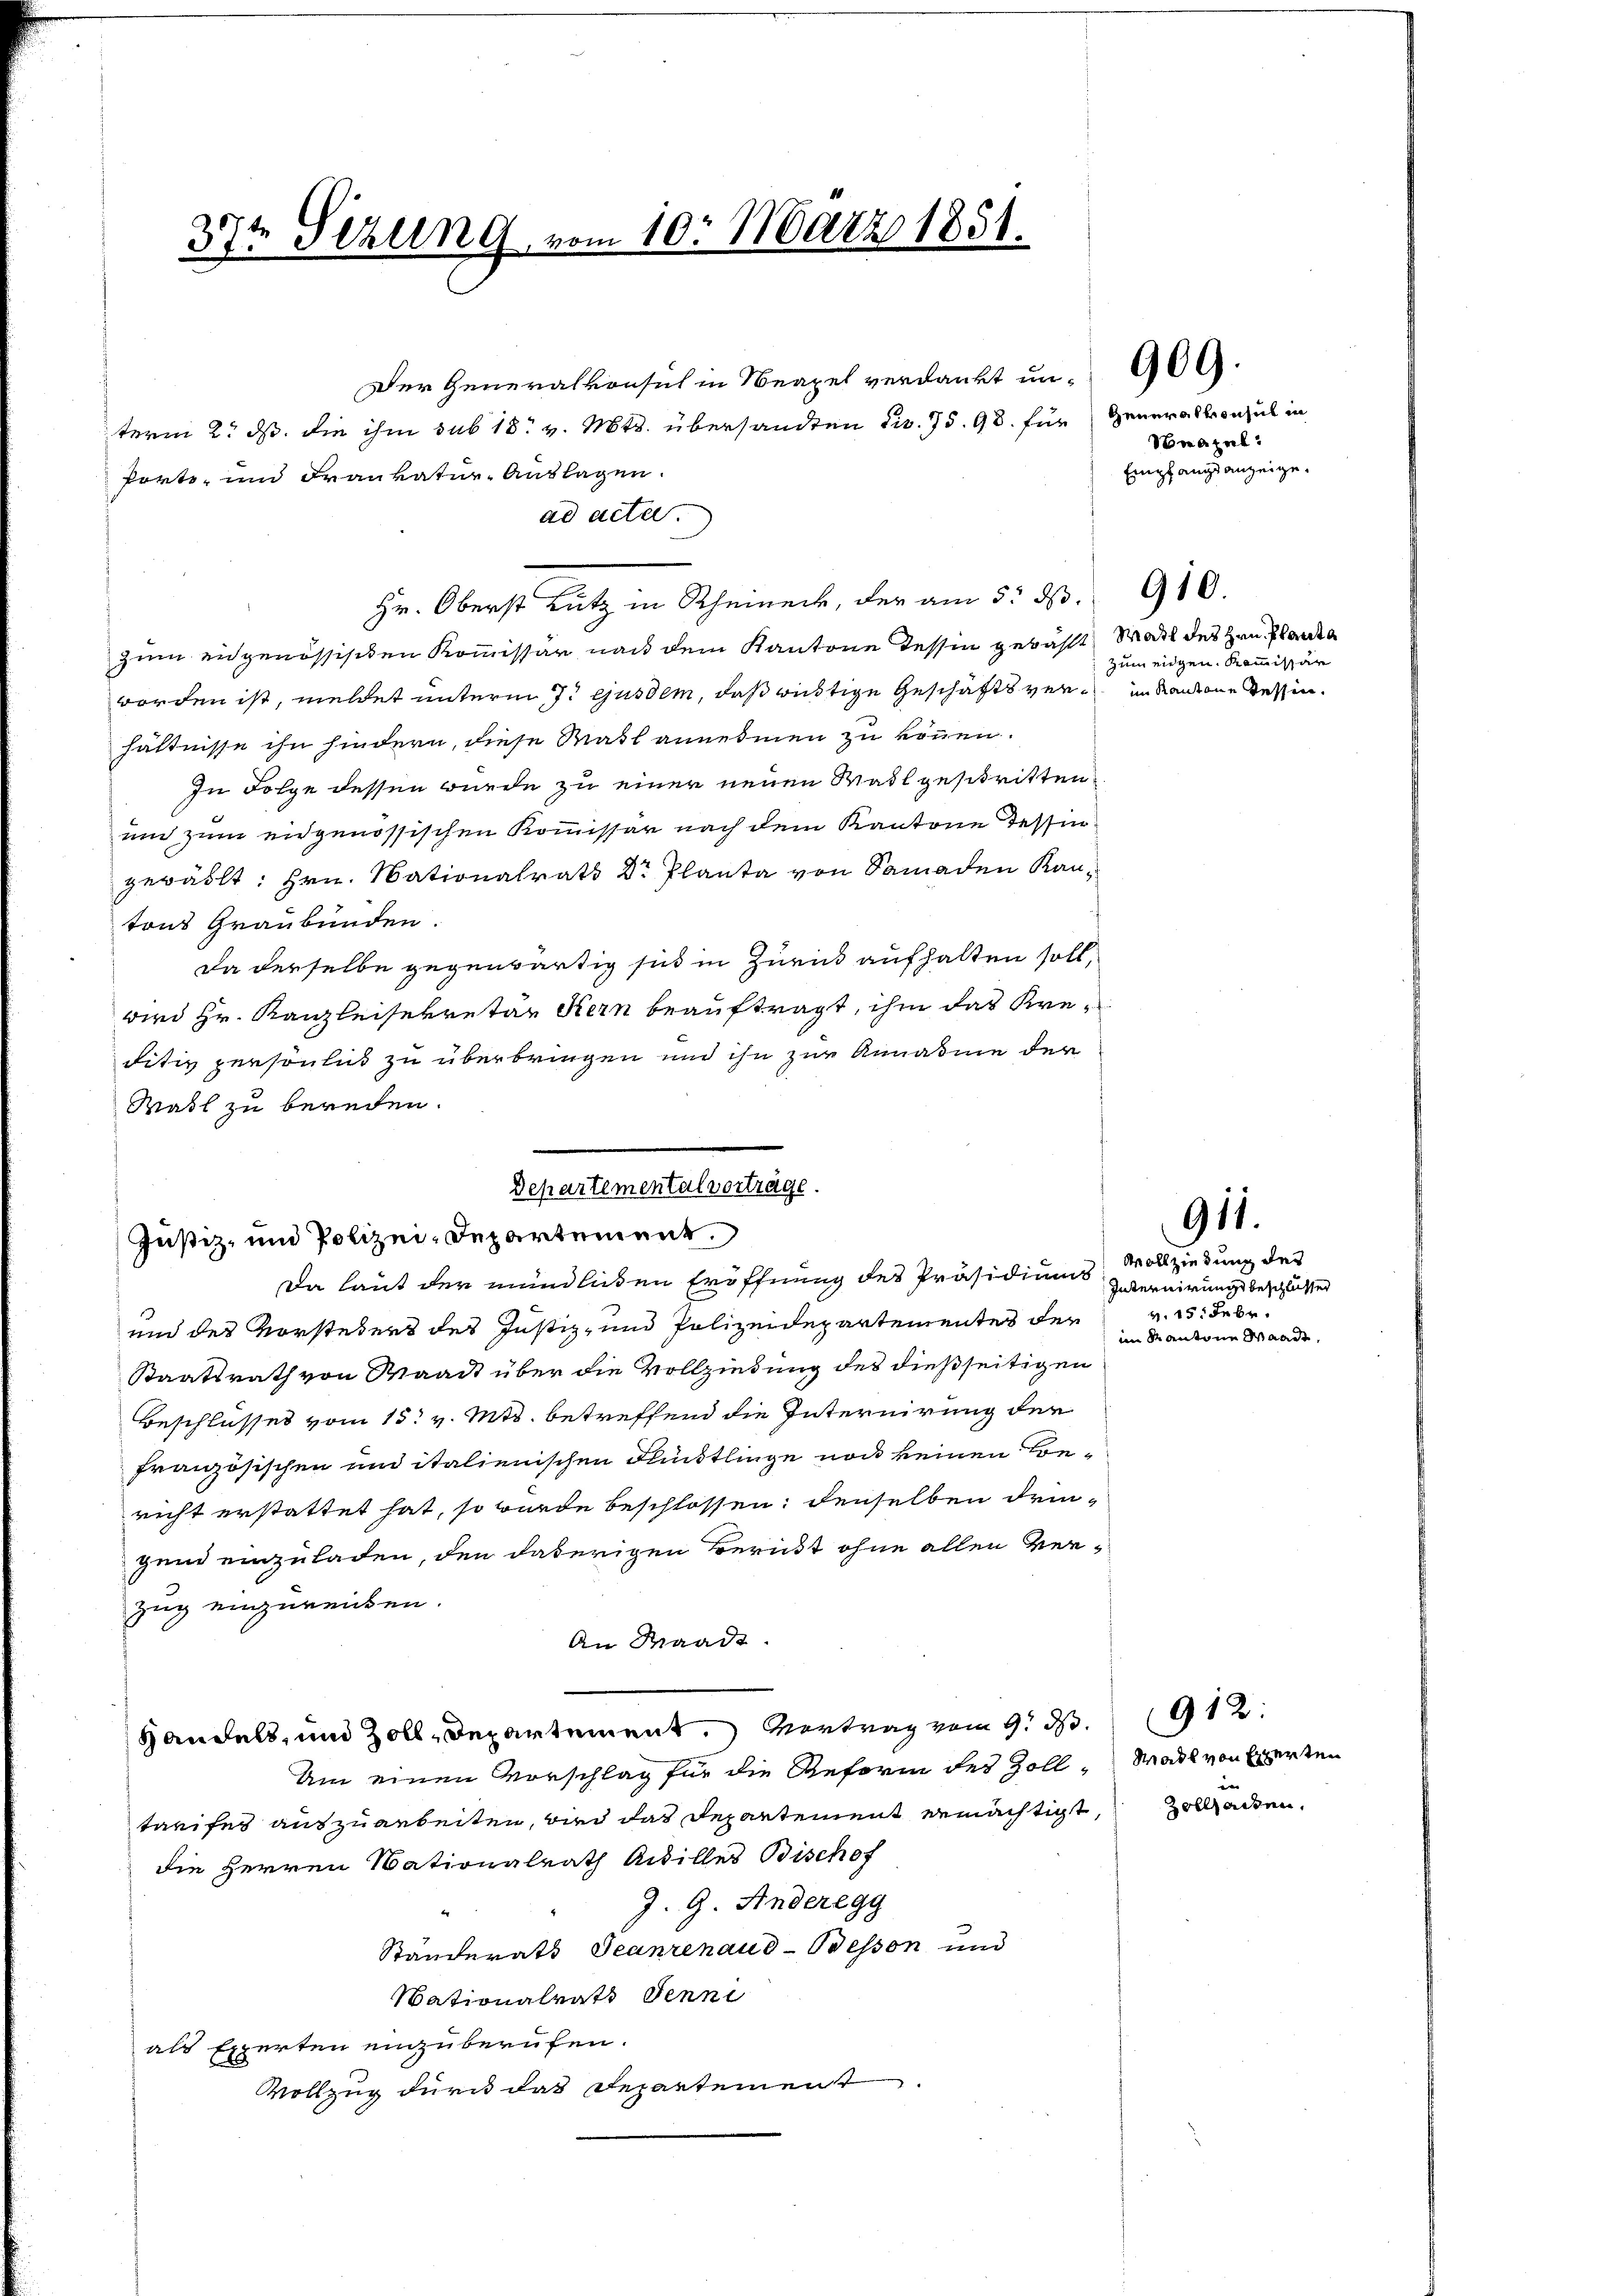
37t Sizung vom 10. März 1851.

Der Generalkonsich in Neapel verdankt un- 909.
term 2. ds. die ihm sub 18t v. Mts. übersandten civ. 75. 98. für Generalkonsul in
Pretz- und Frauvatur-Auslagen.
ad acte.
Hr. Oberst Lutz in Rheineck, der am 5. d. 1910.
zum eidgenössischen Kommissär nach dem Kantone dessin gewählt, Wall des Hrn. Planta
worden ist, meldet unterm 7. ejusdem, daß wüstige Geschäftsver¬ im Kantone Tessin.
hältnisse ihn hindern, diese Mahl annehmen zu können.
In Folge dessen wurde zu einer neuen Wahl gestritten
un zum eidgenössischen Kommissär nach dem Kantone Tessingewählt: Hrn. Nationalrath Dr Planta von Samaden Kantons Graubünden.
Da derselbe gegenwärtig sich in Zurück aufhalten soll,
wird Hr. Kanzleisekretär Kern beauftragt, ihm das Kreditiv persönlich zu überbringen und ihn zur Annahme der
Wahl zu bereden.

Departemental vorträge.
Justiz- und Polizei-Departement.
Da laut der mündlichen Eröffnung des Präsidiums, Vollziedung des

Seapel
Empfangsanzeige.

und des Vorstehers des Justiz- und Polizeidepartementes der
Staatsrath von Waadt über die Vollziehung des dießseitigen
Beschlusses vom 15. v. Mts. betreffend die Internirung der
französischen und italienischen Flüstlinge noch keinen Bericht erstattet hat, so wurde beschlossen; denselben dringend einzuladen, den daherigen Bericht ohne allen Ver-
Zug einzureichen.
An Waadt.
Handels, und Zolldepartement, Vertrag vom 9. d.
Am einen Vorschlag für die Reform des Zolltarifes auszuarbeiten, wird das Departement ermächtigt,
die Herren Nationalrath Aidilles Bischof
J. G. Anderegg
Ständerats Jeanzenaud-Bessen und
Nationalrath Jenni
als Experten einzuberufen.
Vollzug durch das Repartement

Zum eidgen. Kommissär

911.

Internirungsbeschlüssen
v. 15. Febr.
im dr antine Waadt,

Wadl von Experten
zollanten.

912: